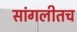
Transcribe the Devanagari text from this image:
सांगलीतच